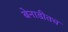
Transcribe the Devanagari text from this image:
बेनाडीतच